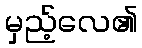
မှည့်လေ၏